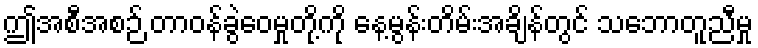
ဤအစီအစဉ် တာဝန်ခွဲဝေမှုတို့ကို နေ့မွန်းတိမ်းအချိန်တွင် သဘောတူညီမှု